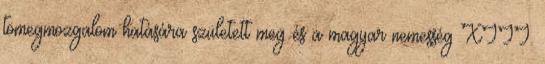
tömegmozgalom hatására született meg és a magyar nemesség XIII.